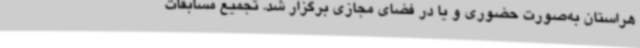
هراستان به‌صورت حضوری و یا در فضای مجازی برگزار شد. تجمیع مسابقات